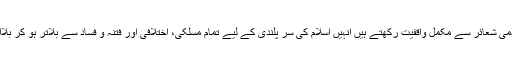
خاص طور پر وہ نوجوان جو اسلامی شعائر سے مکمل واقفیت رکھتے ہیں انہیں اسلام کی سر پلندی کے لیے تمام مسلکی، اختلافی اور فتنہ و فساد سے بلاتر ہو کر بلاامتیاز فعال کردار ادا کرنا چاہیے۔